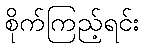
စိုက်ကြည့်ရင်း